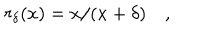
r _ { \delta } ( x ) = x / ( x + \delta ) \quad ,